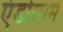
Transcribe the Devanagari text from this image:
एंडोस्पर्म